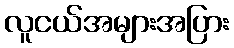
လူငယ်အများအပြား